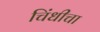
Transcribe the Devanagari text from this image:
चिंधीचा